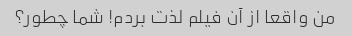
من واقعا از آن فیلم لذت بردم! شما چطور؟